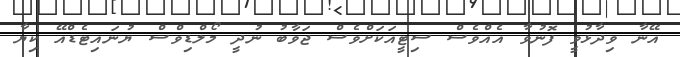
އޭނާ ވިދާޅުވީ ފޮނުވާ އެއްވެސް ސިޓީއަކަށްވެސް ޖަވާބު ނުދީ މޯލްޑިވްސް ޔުނައިޓެޑްއޭ ކިޔާ